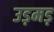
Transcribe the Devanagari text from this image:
उड़मड़